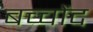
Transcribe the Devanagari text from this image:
बच्चोंद